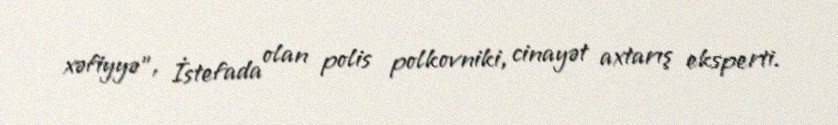
xəfiyyə", İstefada olan polis polkovniki, cinayət axtarış eksperti.